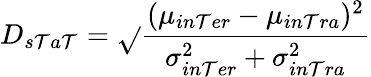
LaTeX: D_{s\mathcal{T}a\mathcal{T}}=\sqrt{}{{\frac{{(\mu_{in\mathcal{T}er}-\mu_{in\mathcal{T}ra})^{2}}}{{\sigma_{in\mathcal{T}er}^{2}+\sigma_{in\mathcal{T}ra}^{2}}}}}